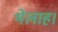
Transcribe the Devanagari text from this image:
भेलाह।